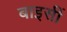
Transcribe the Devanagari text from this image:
बाइसीं